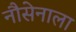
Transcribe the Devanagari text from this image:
नौसेनाला